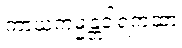
ကာယကမ္မန္တဝါရကထာ